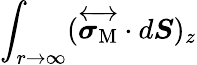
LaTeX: \int_{r\to\infty}(\overleftrightarrow{\boldsymbol{\sigma}_{\mathrm{M}}}\cdot d\boldsymbol{S})_{z}